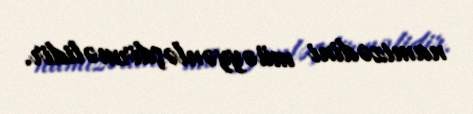
namizədini müəyyənləşdirməlidir.